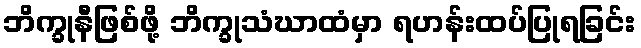
ဘိက္ခုနီဖြစ်ဖို့ ဘိက္ခုသံဃာထံမှာ ရဟန်းထပ်ပြုရခြင်း